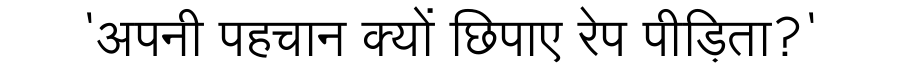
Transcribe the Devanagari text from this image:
'अपनी पहचान क्यों छिपाए रेप पीड़िता?'